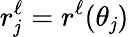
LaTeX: r_{\mathit{j}}^{\ell}=r^{\ell}(\theta_{\mathit{j}})